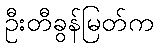
ဦးတီခွန်မြတ်က